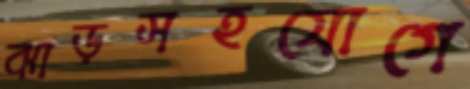
ঝাড়সহযোগে